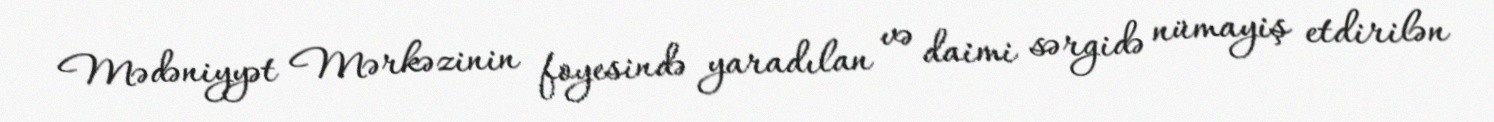
Mədəniyyət Mərkəzinin foyesində yaradılan və daimi sərgidə nümayiş etdirilən